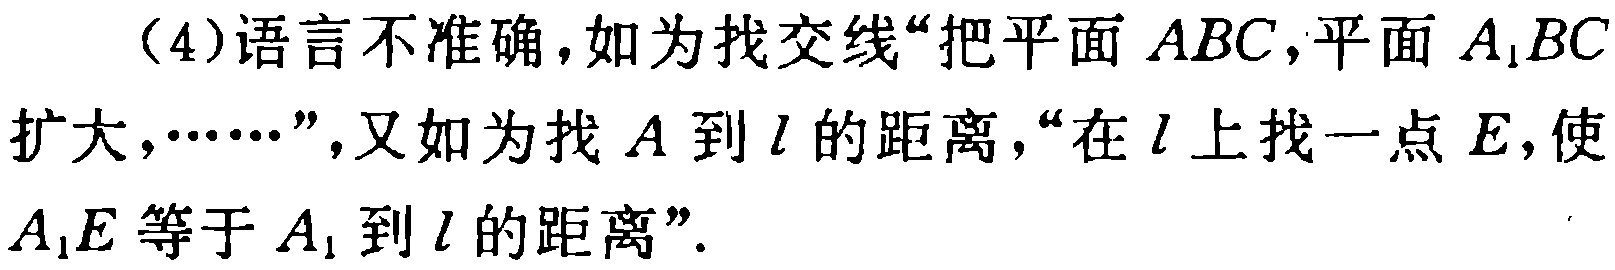
（4）语言不准确，如为找交线“把平面 \(ABC\)，平面 \(A_{1}BC\) 扩大，\(\cdots\cdots\)”，又如为找 \(A\) 到 \(l\) 的距离，“在 \(l\) 上找一点 \(E\)，使 \(A_{1}E\) 等于 \(A_{1}\) 到 \(l\) 的距离”.